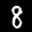
Label: 8